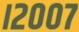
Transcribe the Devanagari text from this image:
।२००७